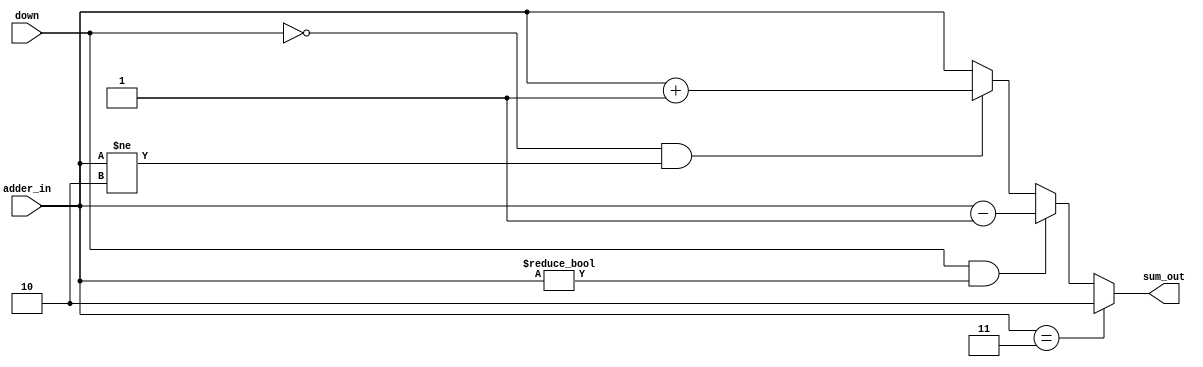
//Verilog HDL for "tirunels_design", "veri_phase_comp_adder2bit" "functional"

module veri_phase_comp_adder2bit (adder_in,down,sum_out);

input [1:0] adder_in;  //From the registers
input down;

output [1:0] sum_out;
reg    [1:0] sum_out;

always@(adder_in or down)
  if(adder_in == 2'b11)
     sum_out <=2'b10;
  else
  if(down == 1'b1 && adder_in != 2'b00) 
     sum_out <= adder_in - 1'b1;
  else
  if(down == 1'b0 && adder_in != 2'b10)
     sum_out <= adder_in + 1'b1;
  else
     sum_out <= adder_in;
  
endmodule